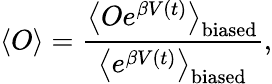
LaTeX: \left<O\right>=\frac{\left<Oe^{\beta V(t)}\right>_{\mathrm{biased}}}{\left<e^{\beta V(t)}\right>_{\mathrm{biased}}},